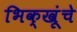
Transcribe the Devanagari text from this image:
भिक्खूंचे